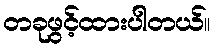
တခုဖွင့်ထားပါတယ်။